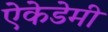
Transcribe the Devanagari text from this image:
ऐकेडेमी